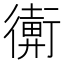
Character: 𢖋